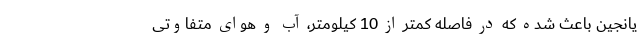
یانجین باعث شده که در فاصله کمتر از 10 کیلومتر، آب و هوای متفاوتی